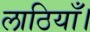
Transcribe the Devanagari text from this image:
लाठियाँ।